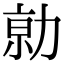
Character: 𠡽